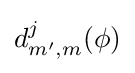
d_{m',m}^{j}(\phi )